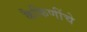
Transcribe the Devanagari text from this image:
कैकिणींचे